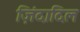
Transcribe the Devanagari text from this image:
ज़िंदादिल